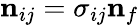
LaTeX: \mathbf{n}_{ij}=\sigma_{ij}\mathbf{n}_{f}